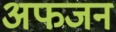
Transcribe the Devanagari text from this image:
अफजन